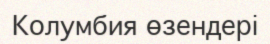
Колумбия өзендері